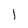
Character: j